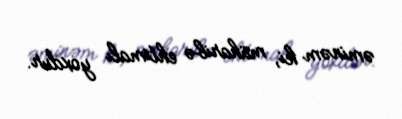
əminəm ki, müharibə ehtimalı yoxdur.